Scottish Leaving Certificate Examination, 1952
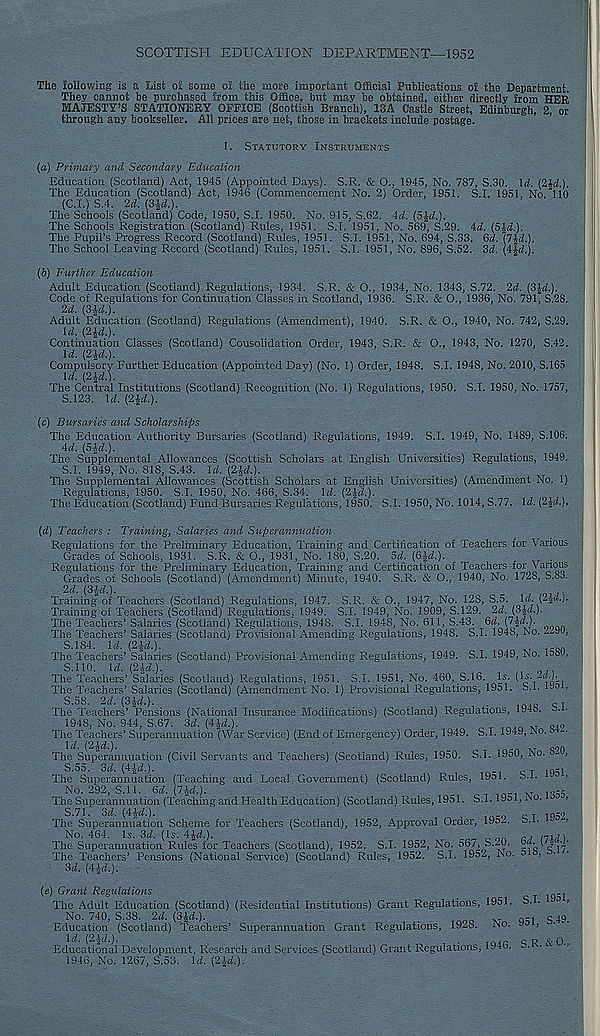
SCOTTISH EDUCATION DEPARTMENT—1952
The following is a List oi some of the more important Official Publications of the Department,
They cannot be purchased from this Office, but may be obtained, either directly from HER
MAJESTY’S STATIONERY OFFICE (Scottish Branch), 13A Castle Street, Edinburgh, 2, or
through any bookseller. All prices are net, those in brackets include postage.
1.
STATUTORY INSTRUMENTS
(a) Primary and Secondary Education
Education (Scotland) Act, 1945 (Appointed Days). S.R. & O., 1945, No. 787, S.30. \d. (2ld.).
The Education (Scotland) Act, 1946 (Commencement No. 2) Order, 1951. S.I, 1951, No. 110
(C.I.) S.4. 2d. md.).
The Schools (Scotland) Code, 1950, S.I. 1950. No. 915, S.62. id. {Sid.).
The Schools Registration (Scotland) Rules, 1951. S.I. 1951, No. 569, S.29. id. {Sid.).
The Pupil’s Progress Record (Scotland) Rules, 1951. S.I. 1951, No. 694, S.33, Sd. {lid.).
The School Leaving Record (Scotland) Rules, 1951. S.I. 1951, No. 896, S.52. 3d. (4^d.).
{b) Further Education
Adult Education (Scotland) Regulations, 1934. S.R. & O., 1934, No. 1343, S.72. 2d. (3-|d.).
Code of Regulations for Continuation Classes in Scotland, 1936. S.R. & O., 1936, No. 791, S.28.
2d. {Sid.).
Adult Education (Scotland) Regulations (Amendment), 1940. S.R. & O., 1940, No. 742, S.29.
Id. {2U.).
Continuation Classes (Scotland) Cousolidation Order, 1943, S.R. & O., 1943, No. 1270, S.42.
Id. (2£d.).
Compulsory Further Education (Appointed Day) (No. 1) Order, 1948. S.I. 1948, No. 2010, S.I65
Id. (2-£d.).
The Central Institutions (Scotland) Recognition (No. 1) Regulations, 1950. S.I. 1950, No. 1757,
S.123. Id. (2£d.).
(c) Bursaries and Scholarships
The Education Authority Bursaries (Scotland) Regulations, 1949. S.I. 1949, No. 1489, S.106.
4d. (54d.).
The Supplemental Allowances (Scottish Scholars at English Universities) Regulations, 1949.
S.I. 1949, No. 818, S.43. Id. (2-|d.).
The Supplemental Allowances (Scottish Scholars at English Universities) (Amendment No. 1)
Regulations, 1950. S.I. 1950, No. 466, S.34. Id. (2£d.).
The Education (Scotland) Fund Bursaries Regulations, 1950. S.I. 1950, No. 1014, S.77. Id. (2£d.).
(d) Teachers : Training, Salaries and Superannuation
Regulations for the Preliminary Education, Training and Certification of Teachers for Various
Grades of Schools, 1931. S.R. & O., 1931, No. 180, S.20. 5d. (6£d.).
Regulations for the Preliminary Education, Training and Certification of Teachers for Various
Grades of Schools (Scotland) (Amendment) Minute, 1940. S.R. & O., 1940, No. 1728, S.83.
(3£d.).
Training of Teachers (Scotland) Regulations, 1947. S.R. & O., 1947, No. 128, S.5. Id. (2£d.).
Training of Teachers (Scotland) Regulations, 1949. S.I. 1949, No. 1909, S.129. 2d. (3£d.).
The Teachers’ Salaries (Scotland) Regulations, 1948. S.I. 1948, No. 611, S.43. 6d. {l-bd.).
The Teachers’ Salaries (Scotland) Provisional Amending Regulations, 1948. S.I. 1948, No. 2-9U,
S.184. Id. {2-ld.).
_
1C0A
The Teachers’ Salaries (Scotland) Provisional Amending Regulations, 1949. S.I. 1949, No. moU,
S.110. Id. (24d.).
The Teachers’ Salaries (Scotland) Regulations, 1951. S.I, 1951, No. 460, S.16. Is. (!$• *d.).
The Teachers’ Salaries (Scotland) (Amendment No. 1) Provisional Regulations, 1951. S.I. iyo >
S.58. 2d. {Sid.).
.
Q T
The Teachers’ Pensions (National Insurance Modifications) (Scotland) Regulations, 1946. 6. .
1948, No. 944, S.67. 3d. (4£d.).
, n _ T Q49
The Teachers’ Superannuation (War Service) (End of Emergency) Order, 1949. S.I. 1949, No.
The Superannuation (Civil Servants and Teachers) (Scotland) Rules, 1950. S.I. 1950, No. 820,
S.55. 3d. (4^-d.).
T .Q-I
The Superannuation (Teaching and Local Government) (Scotland) Rules, 19D1. b.l.
>
No. 292, S.ll. 6d. {lid.):
„
, T r occ
The Superannuation (Teaching and Health Education) (Scotland) Rules, 1951. S.I. 1951, No.
>
S.71. od. (4£d.).
■ co c -r iQ^2
The Superannuation Scheme for Teachers (Scotland), 1952, Approval Order, 19o-. s.i.
>
No. 464. Is. 3d. {Is. 4^d.).
„ 0 OA
m , n
The Superannuation Rules for Teachers (Scotland), 1952. S.I. 1952, No. 567, S.20.
\ $/p
The Teachers’ Pensions (National Service) (Scotland) Rules, 1952. S.I. 1952, No.
3d. (4£d.).
518, S.17.
{e) Grant Regulations
The Adult Education (Scotland) (Residential Institutions) Grant Regulations, 1951. S. . 0 >
No. 740, S.38. 2d. {Sid.).
.
noo
..
QCT C 49.
Education (Scotland) Teachers’ Superannuation Grant Regulations, 1928. No.
» •
Educational* Development, Research and Services (Scotland) Grant Regulations, 1946. S.R. &
1946, No. 1267, S.53. Id. (2£d.).